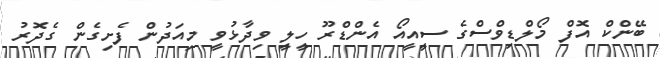
ބޭންކް އޮފް މޯލްޑިވްސްގެ ސީއީއޯ އެންޑްރޫ ހީލީ ވިދާޅުވީ މިއަދުން ފެށިގެން ގެދޮރު